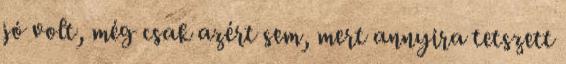
jó volt, még csak azért sem, mert annyira tetszett